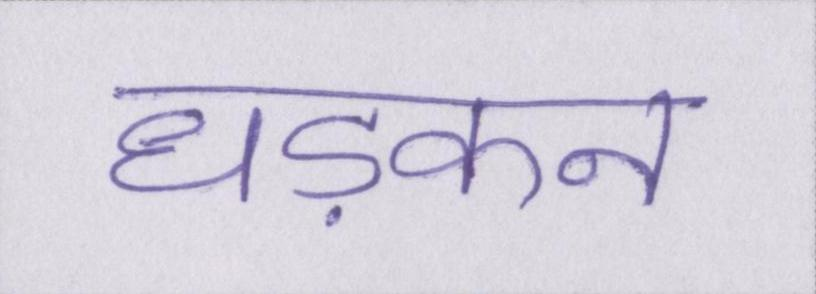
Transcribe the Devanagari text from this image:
धड़कन